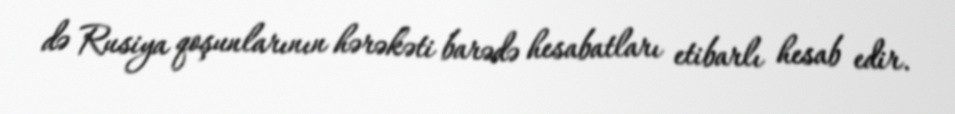
də Rusiya qoşunlarının hərəkəti barədə hesabatları etibarlı hesab edir.